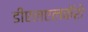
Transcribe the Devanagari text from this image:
डीएलएलकॅशे